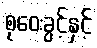
စုဝေးခွင့်နှင့်